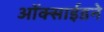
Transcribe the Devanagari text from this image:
ऑक्साईडने